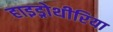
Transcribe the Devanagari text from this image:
हाइड्रोथीरिया